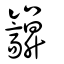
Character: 巐